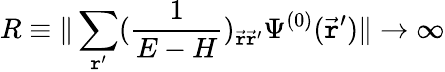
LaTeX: R\equiv\| \sum_{\mathtt{r}^{\prime}}(\frac{{1}}{{E-H}})_{\vec{{\mathtt{r}}}\vec{{\mathtt{r}}}^{\prime}}\Psi^{(0)}(\vec{{\mathtt{r}}}^{\prime})\| \rightarrow\infty